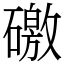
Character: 礉